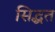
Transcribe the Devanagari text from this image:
सिद्धत